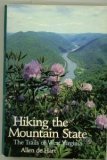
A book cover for Hiking the Mountain State the Trails of West Virginia; Allen de Hart; Travel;